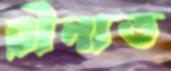
রীনাত